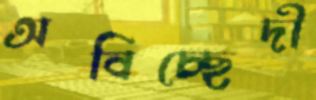
অবিচ্ছেদী